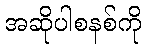
အဆိုပါစနစ်ကို